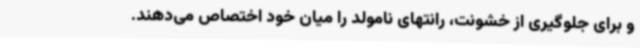
و برای جلوگیری از خشونت، رانتهای نامولد را میان خود اختصاص می‌دهند.